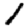
Digit: 1